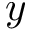
y